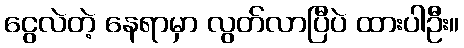
ငွေလဲတဲ့ နေရာမှာ လွတ်လာပြီပဲ ထားပါဦး။